Annual report of the Imperial Bacteriologist
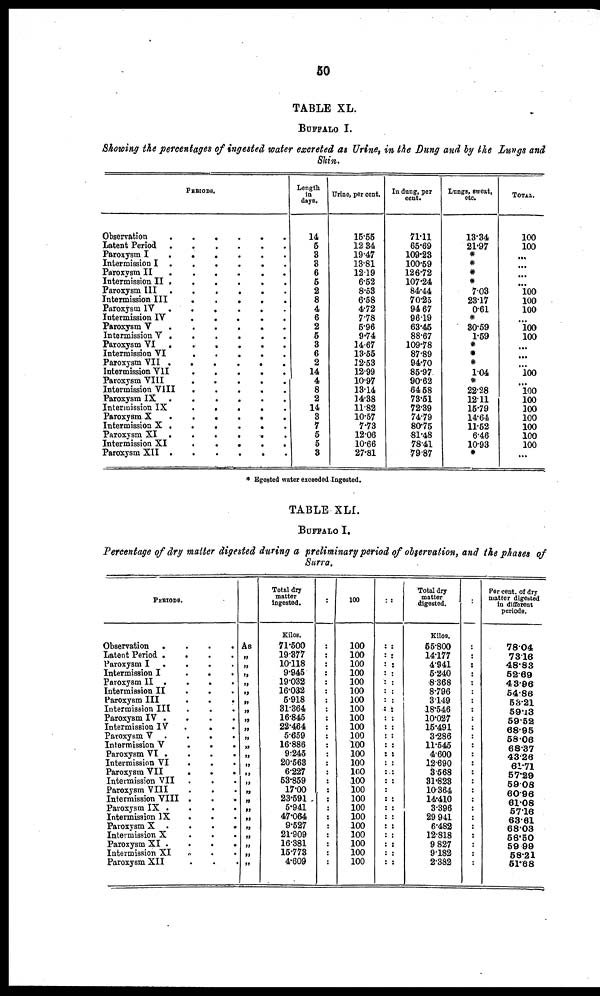
50
TABLE XL.
BUFFALO I.
Showing the percentage of ingested water excreted as Urine, in the Dung and by the Lungs and
Skin.
PERIODS.
Observation
.
Latent Period .
Paroxysm I
.
Intermission I .
Paroxvsm II
.
Intermission II .
Paroxysm III .
Intermission III
Paroxysm IV
.
Intermission IV
Paroxysm V
.
Intermission V .
Paroxysm VI
.
Intermission VI
Paroxysm VII .
Intermission VII
Paroxysm VIII
Intermission VIII
Paroxysm IX
Intermission IX
Paroxysm X
.
Intermission X .
Paroxysm XI .
Intermission XI
Paroxysm XII .
.
.
.
.
.
.
.
.
.
.
.
.
.
.
.
.
.
.
.
.
.
.
.
.
.
.
.
.
.
.
.
.
.
.
.
.
.
.
.
.
.
.
.
.
.
.
.
.
.
.
.
.
.
.
.
.
.
.
.
.
.
.
.
.
.
.
.
.
.
.
.
.
.
.
.
.
.
.
.
.
.
.
.
.
.
.
.
.
.
.
.
.
.
.
.
.
.
.
.
.
.
.
.
.
.
.
.
.
.
.
.
.
.
.
.
.
.
.
.
.
.
.
.
.
.
Length
in
days.
14
5
3
3
6
5
2
8
4
6
2
5
3
6
2
14
4
8
2
14
3
7
5
5
3
Urine, per cent.
15.55
12.34
19.47
13.81
12.19
6.52
8.53
6.58
4.72
7.78
5.96
9.74
14.67
13.55
12.53
12.99
10.97
13.14
14.38
11.82
10.57
7.73
12.06
10.66
27.81
In dung, per
cent.
71.11
65.69
109.23
100.59
126.72
107.24
84.44
70.25
94.67
96.19
63.45
88.67
109.78
87.89
94.70
85.97
90.62
64.58
73.51
72.39
74.79
80.75
81.48
78.41
79.87
Lungs, sweat,
etc.
13.34
21.97
*
*
*
*
7.03
23.17
0.61
*
30.59
1.59
*
*
*
1.04
*
22.28
12.11
15.79
14.64
11.52
6.46
10.93
*
TOTAL.
100
100
...
...
...
...
100
100
100
100
100
...
...
100
100
100
100
100
100
100
100
...
* Egested water exceeded Ingested.
TABLE XLI.
BUFFALO I.
Percentage of dry matter digested during a preliminary period of observation, and the phases of
Surra.
PERIODS.
Observation .
Latent Period .
Paroxysm I
.
Intermission I
Paroxysm II .
Intermission II
Paroxysm III
Intermission III
Paroxysm IV .
Intermission IV
Paroxysm V
Intermission V
Paroxysm VI .
Intermission VI
Paroxysm VII
Intermission VII
Paroxysm VIII
Intermission VIII
Paroxysm IX .
Intermission IX
Paroxysm X .
Intermission X
Paroxysm XI .
Intermission XI
Paroxysm XII
.
.
.
.
.
.
.
.
.
.
.
.
.
.
.
.
.
.
.
.
.
.
.
.
.
.
.
.
.
.
.
.
.
.
.
.
.
.
.
.
.
.
.
.
.
.
.
.
.
.
.
.
.
.
.
.
.
.
.
.
.
.
.
.
.
.
.
.
.
.
.
.
.
.
.
As
„
„
„
„
„
„
„
„
„
„
„
„
„
„
„
„
„
„
„
„
„
„
„
„
Total dry
matter
ingested.
Kilos.
71.500
19.377
10.118
9.945
19.032
16.032
5.918
31.364
16.845
22.464
5.659
16.886
9.245
20.563
6.227
53.859
17.00
23.591
5.941
47.064
9.527
21.909
16.381
15.773
4.609
:
:
:
:
:
:
:
:
:
:
:
:
:
:
:
:
:
:
:
:
:
:
:
:
:
:
:
100
100
100
100
100
100
100
100
100
100
100
100
100
100
100
100
100
100
100
100
100
100
100
100
100
100
:
:
:
:
:
:
:
:
:
:
:
:
:
:
:
:
:
:
:
:
:
:
:
:
:
:
:
:
:
:
:
:
:
:
:
:
:
:
:
:
:
:
:
:
:
:
:
:
:
:
:
:
Total dry
matter
digested.
Kilos.
55.800
14.177
4.941
5.240
8.368
8.796
3.149
18.546
10.027
15.491
3.286
11.545
4.600
12.690
3.568
31.823
10.364
14.410
3.396
29.941
6.482
12.818
9.827
9.182
2.382
:
:
:
:
:
:
:
:
:
:
:
:
:
:
:
:
:
:
:
:
:
:
:
:
:
:
Percent. of dry
matter digested
in different
periods.
78.04
73.16
48.83
52.69
43.96
54.86
53.21
59.13
59.52
68.95
58.06
68.37
43.26
61.71
57.29
59.08
60.96
61.08
57.16
63.61
68.03
58.50
59.99
58.21
51.68